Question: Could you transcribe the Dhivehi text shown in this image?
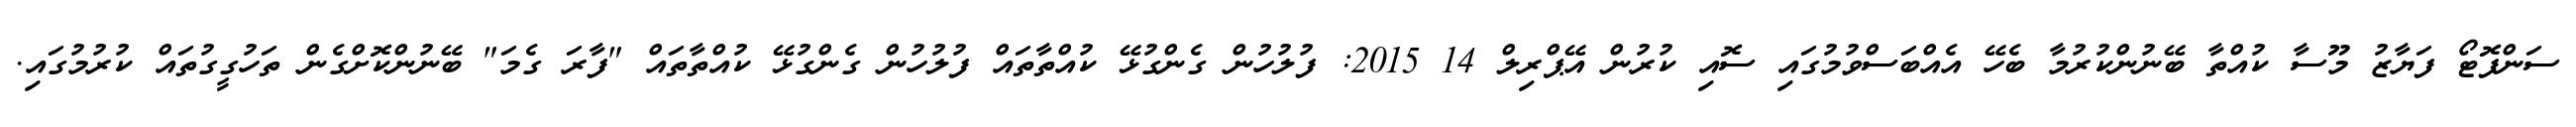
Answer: ސަންފޮޓޯ ފަޔާޒު މޫސާ ކުއްތާ ބޭނުންކުރުމާ ބެހޭ އެއްބަސްވުމުގައި ސޮއި ކުރުން އޭޕްރިލް 14 2015: ފުލުހުން ގެންގުޅޭ ކުއްތާތައް ފުލުހުން ގެންގުޅޭ ކުއްތާތައް "ފާރަ ގެމަ" ބޭނުންކޮށްގެން ތަހުގީގުތައް ކުރުމުގައި.